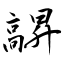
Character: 髜